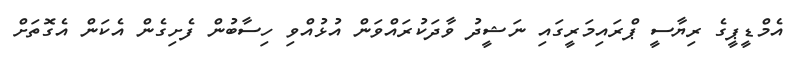
އެމްޑީޕީގެ ރިޔާސީ ޕްރައިމަރީގައި ނަޝީދު ވާދަކުރައްވަން އުޅުއްވި ހިސާބުން ފެށިގެން އެކަން އެގޮތަށް